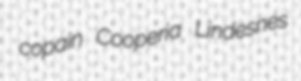
copain Cooperia Lindesnes